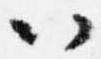
以